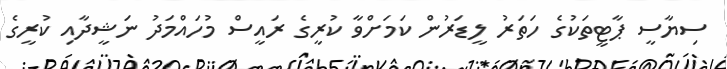
ސިޔާސީ ޕާޓީތަކުގެ ހަތަރު ލީޑަރުން ކަމަށްވާ ކުރީގެ ރައީސް މުހައްމަދު ނަޝީދާއި ކުރީގެ